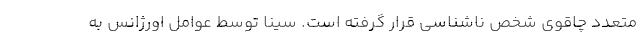
متعدد چاقوی شخص ناشناسی قرار گرفته است. سینا توسط عوامل اورژانس به